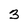
Character: 3